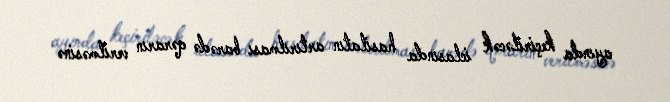
ayında keçiriləcək iclasında hasilatın artırılması barədə qərarın verilməsinə